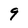
Character: 9